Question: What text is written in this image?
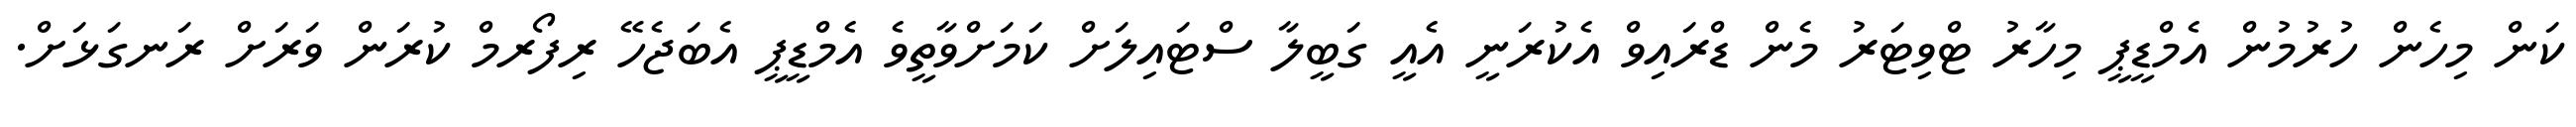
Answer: ކަން މިހެން ހުރުމުން އެމްޑީޕީ މިހާރު ޓްވިޓަރު މެން ޑްރައިވް އެކުރަނީ އެއީ ގަބީލާ ސްޓައިލަށް ކަމަށްވާތީވެ އެމްޑީޕީ އެބަޖެހޭ ރިފޯރމް ކުރަން ވަރަށް ރަނގަޅަށް.